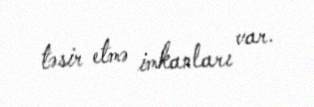
təsir etmə imkanları var.